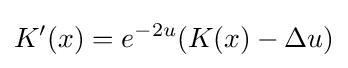
K^{\prime }(x)=e^{-2u}(K(x)-\Delta u)